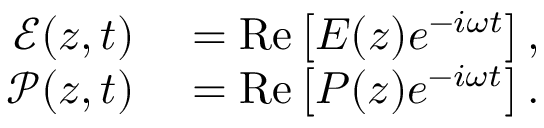
\begin{array} { r l } { \mathcal { E } ( z , t ) } & { { } = \mathrm { R e } \left[ E ( z ) e ^ { - i \omega t } \right] , } \\ { \mathcal { P } ( z , t ) } & { { } = \mathrm { R e } \left[ P ( z ) e ^ { - i \omega t } \right] . } \end{array}